Medical and sanitary report of the native army of Bengal for the year
Year: 1876
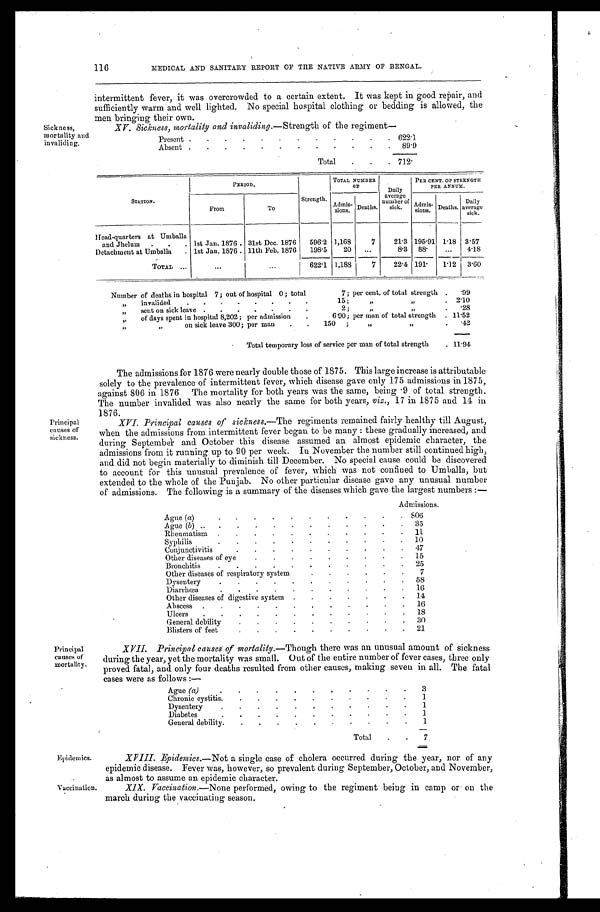
Sickness,
mortality and
invaliding.
116
MEDICAL AND SANITARY REPORT OF THE NATIVE ARMY OF BENGAL.
intermittent fever, it was overcrowded to a certain extent. It was kept in good repair, and
sufficiently warm and well lighted. No special hospital clothing or bedding is allowed, the
men bringing their own.
XV. Sickness, mortality and invaliding.—Strength of the regiment
—
Present
622.1
Absent
89.9
Total
7 12.
STATION.
PERIOD.
Strength.
TOTAL NUMBER
O F
Daily
average
number of
sick.
PER CENT. OF STRENGTH
PER ANNUM.
From
To
Admis-
sions. Deaths.
Admis-
sions Deaths.
Daily
average sick.
Head-quarters at Umballa
and Jhelum
1st Jan. 1876 31st Dec. 1876 596.2 1,168
7
21.3 195.91 1.18 3.57
Detachment at Umballa
1st Jan. 1876 11th Feb. 1876 198.5 20
8.3 88.
4.18
TOTAL
622.1 1,188
7
22.4 191. 1.12 3.60
Number of deaths in hospital 7; out of hospital 0; total 7; per cent. of total strength .99
„ invalided 15; „ „
2.10
„ sent on sick leave 2; „ „
.28
„ o f d a y s s p e n t i n h o s p i t a l 8 , 2 0 2 ; p e r a d m i s s i o n 6 . 9 0 ; p e r m a n o f t o t a l s t r e n g t h
11.52
„ „ o n s i c k l e a v e 3 0 0 ; p e r m a n 1 5 0 ; „ „
.42
Total temporary loss of service per man of total strength
11.94
Principal
causes of
sickness.
The admissions for 1876 were nearly double those of 1875. This large increase is attributable
solely to the prevalence of intermittent fever, which disease gave only 175 admissions in 1875,
against 806 in 1876 The mortality for both years was the same, being .9 of total strength.
The number invalided was also nearly the same for both years, viz., 17 in 1875 and 14 in
1876.
XVI. Principal causes of sickness. —The regiments remained fairly healthy till August,
when the admissions from intermittent fever began to be many: these gradually increased, and
during September and October this disease assumed an almost epidemic character, the
admissions from it running up to 90 per week. In November the number still continued high,
and did not begin materially to diminish till December. No special cause could be discovered
to account for this unusual prevalence of fever, which was not confined to Umballa, but
extended to the whole of the Punjab. No other particular disease gave any unusual number
of admissions. The following is a summary of the diseases which gave the largest numbers:—
Admissions.
Ague (a)
806
Ague(b)
35
Rheumatism
11
Syphilis
10
Conjunctivitis
47
Other diseases of eye
15
Bronchitis
2 5
Other diseases of respiratory system
7
Dysentery
58
Diarrhœa
16
Other diseases of digestive system
14
Abscess
16
Ulcers
18
General debility
30
Blisters of feet
21
Principal
causes of
mortality.
XVII. Principal causes of mortality. —Though there was an unusual amount of sickness
during the year, yet the mortality was small. Out of the entire number of fever cases, three only
proved fatal, and only four deaths resulted from other causes, making seven in all. The fatal
cases were as follows:—
Ague (a)
3
Chronic cystitis
1
Dysentery
1
Diabetes
1
General debility
1
Total
7
Epidemics. XVII. Epidemics.—
Not a single case of cholera occurred during the year, nor of any
epidemic disease. Fever was, however, so prevalent during September, October, and November,
as almost to assume an epidemic character.
Vaccination.
XIX. Vaccination. —None performed, owing to the regiment being in camp or on the
march during the vaccinating season.